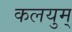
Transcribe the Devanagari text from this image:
कलयुम्